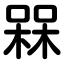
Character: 槑